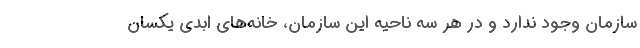
سازمان وجود ندارد و در هر سه ناحیه این سازمان، خانه‌های ابدی یکسان